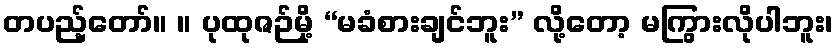
တပည့်တော်။ ။ ပုထုဇဉ်မို့ “မခံစားချင်ဘူး” လို့တော့ မကြွားလိုပါဘူး၊